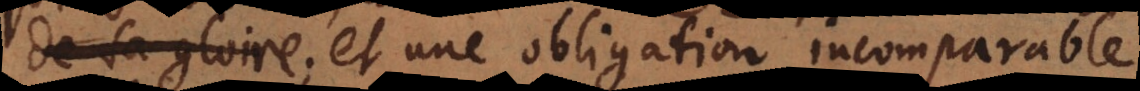
de sa gloire; et une obligation incomparable